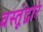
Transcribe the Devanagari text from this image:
वस्तूंद्वारे